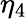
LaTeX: \eta_{4}